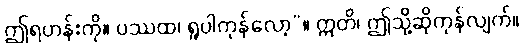
ဤရဟန်းကို။ ပဿထ၊ ရှုပါကုန်လော့”။ ဣတိ၊ ဤသို့ဆိုကုန်လျက်။